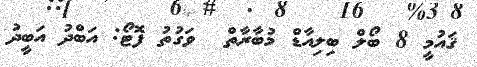
ޤައުމީ 8 ބޯލް ބިލިއާޑް މުބާރާތް  ވަގުތު ފޮޓޯ: އަބްދު އަބީދު